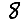
Digit: 8